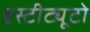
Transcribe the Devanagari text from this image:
इस्टीट्यूटो